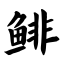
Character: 鲱